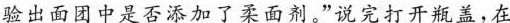
验出面团中是否添加了柔面剂。”说完打开瓶盖，在